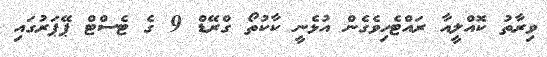
ވިރާތު ކޮއްލީއާ ރައްޓެހިވެގެން އުޅެނީ ކާކުތޯ ގްރޭޑް 9 ގެ ޓެސްޓް ޕޭޕަރުގައި